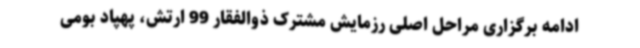
ادامه برگزاری مراحل اصلی رزمایش مشترک ذوالفقار 99 ارتش، پهپاد بومی